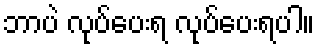
ဘာပဲ လုပ်ပေးရ လုပ်ပေးရပါ။